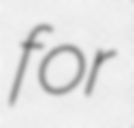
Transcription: for